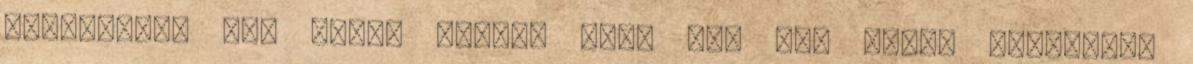
durvábbak, nem olyan puhák, mint pl. egy texel esetében.